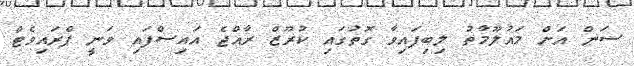
ސަން އަށް މައުލޫމާތު ލިބިފައިވާ ގޮތުގައި ކުރޫޒް ރާއްޖެ އައިސްފައި ވަނީ ޕްރައިވެޓް